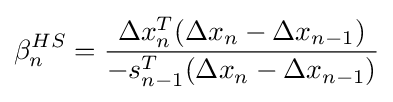
\beta _{n}^{HS}={\frac {\Delta x_{n}^{T}(\Delta x_{n}-\Delta x_{n-1})}{-s_{n-1}^{T}(\Delta x_{n}-\Delta x_{n-1})}}